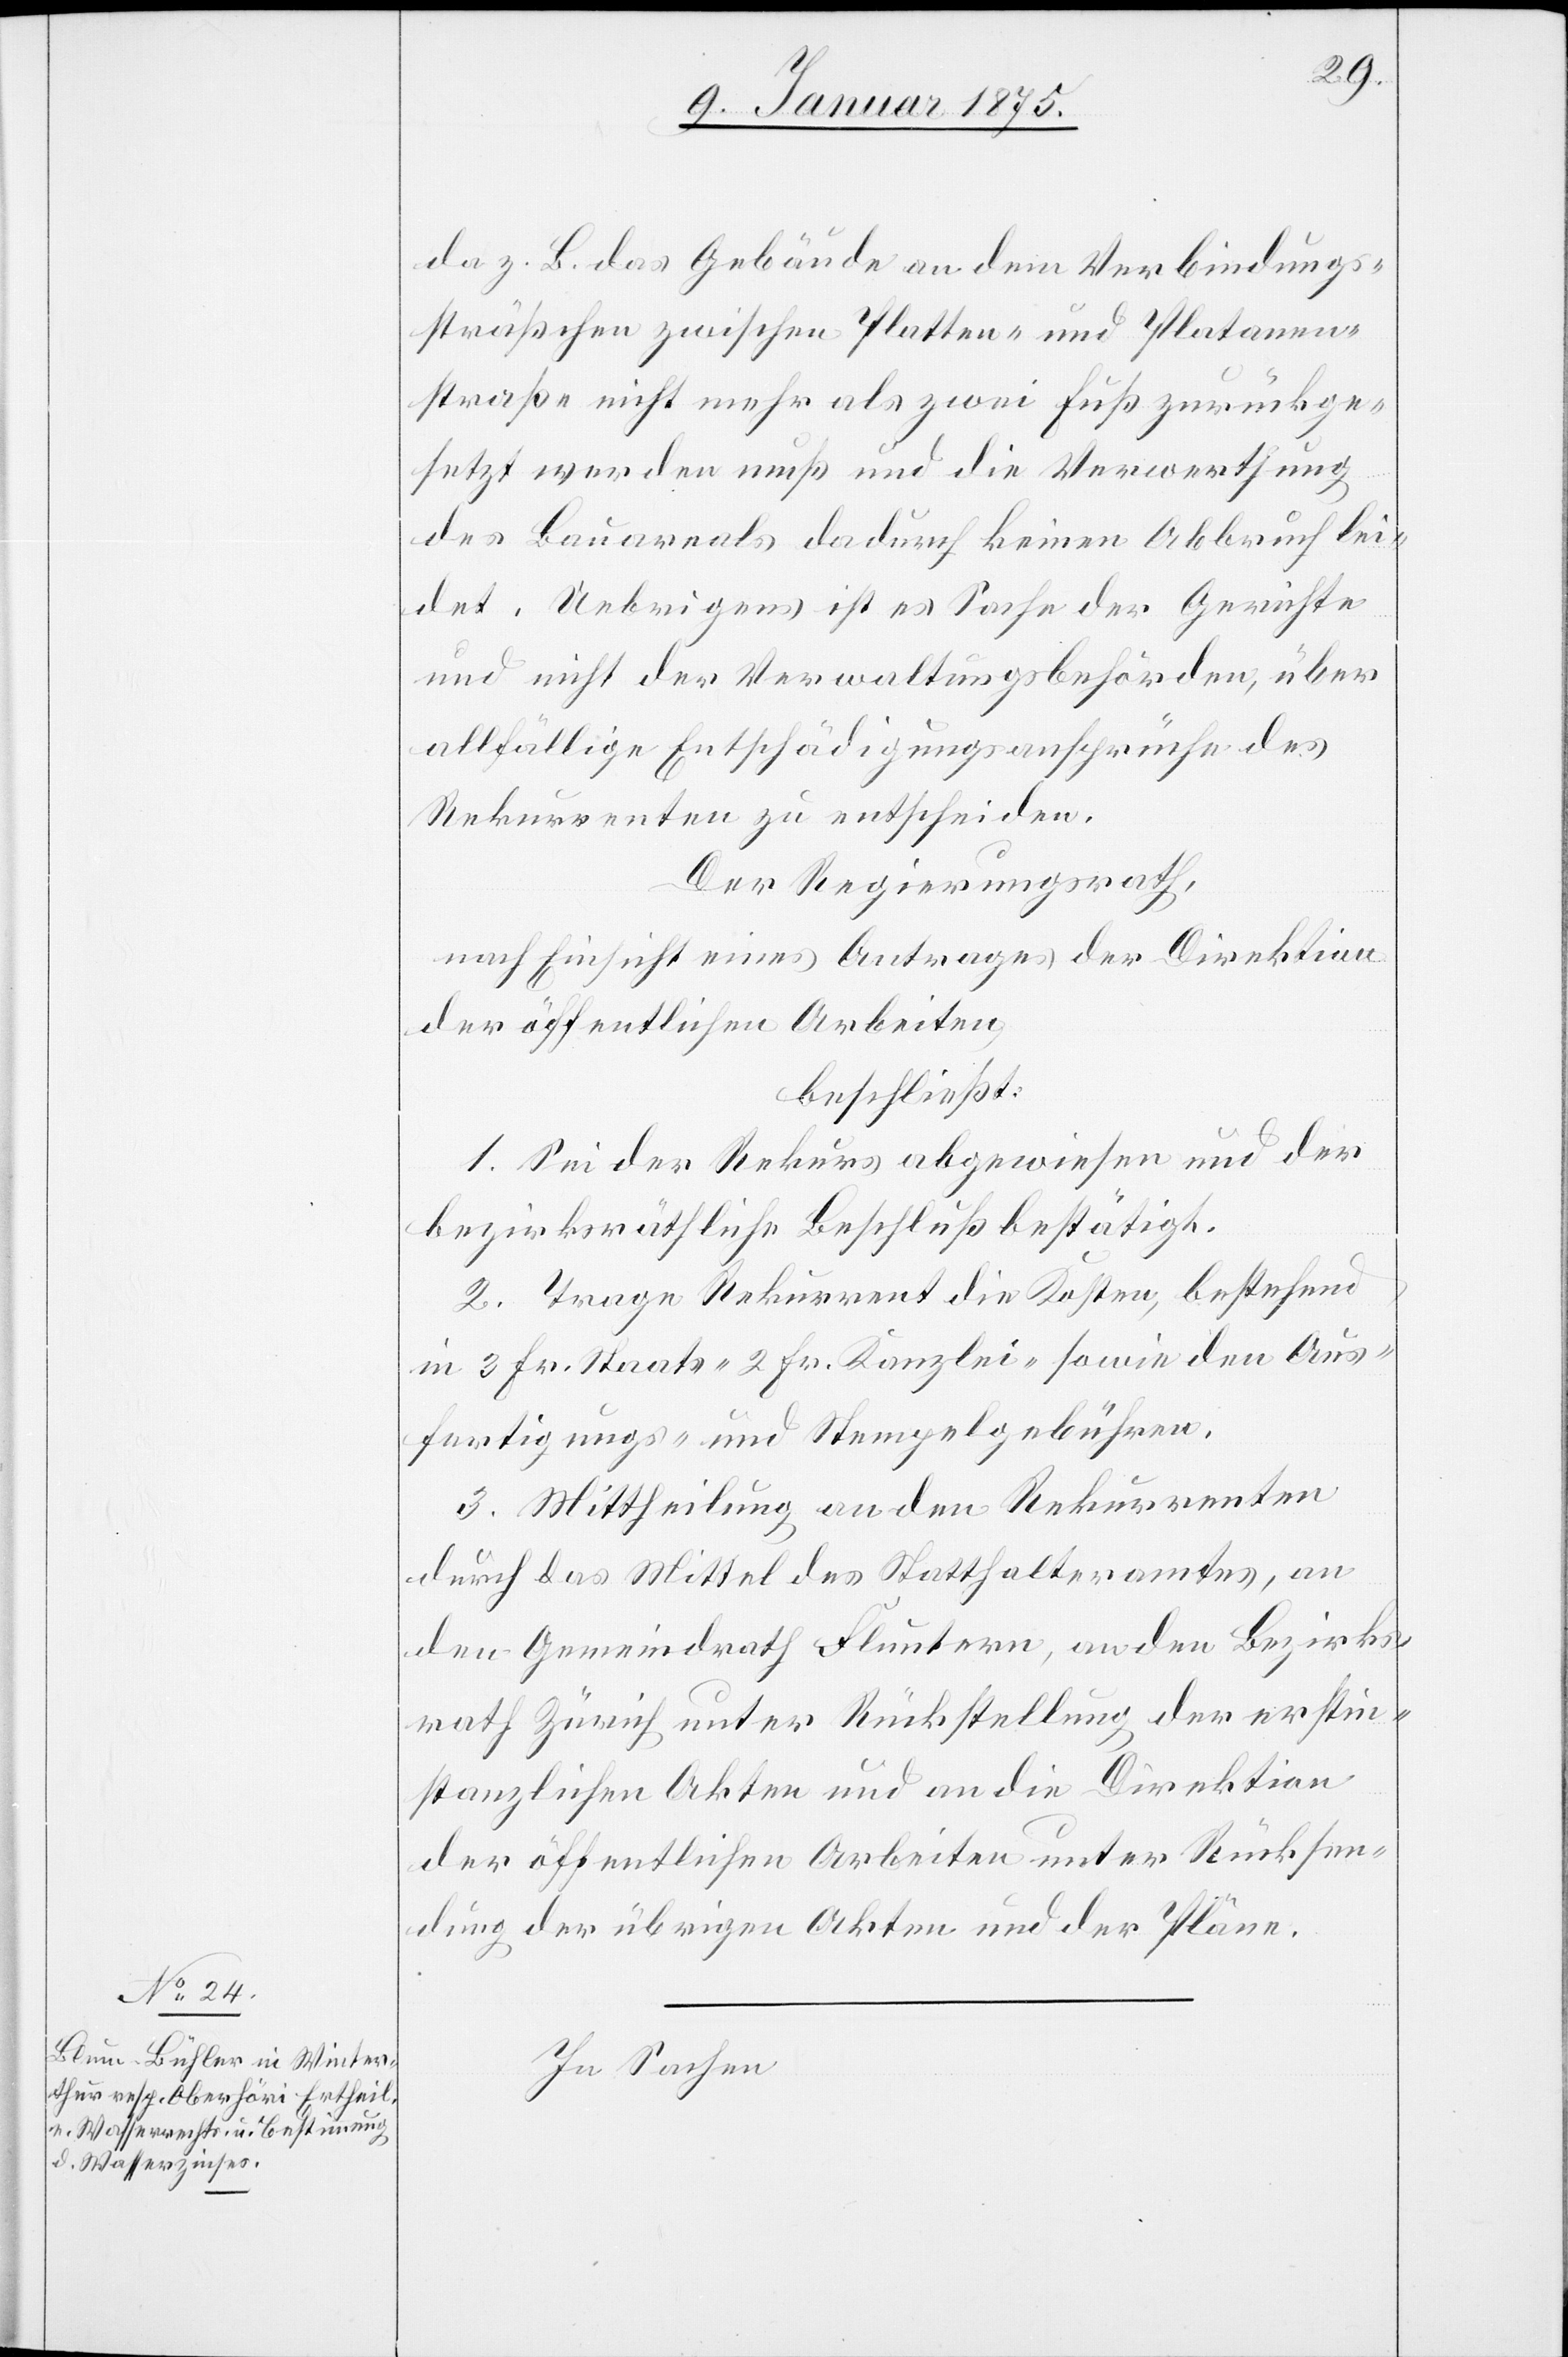
da z. B. das Gebäude an dem Verbindungs¬
sträßchen zwischen Platten- und Platanen¬
straße nicht mehr als zwei Fuß zurückge¬
setzt werden muß und die Verwerthung
des Bauareals dadurch keinen Abbruch lei¬
det. Uebrigens ist es Sache der Gerichte
und nicht der Verwaltungsbehörden, über
allfällige Entschädigungsansprüche des
Rekurrenten zu entscheiden.
Der Regierungsrath,
nach Einsicht eines Antrages der Direktion
der öffentlichen Arbeiten,
beschließt:
1. Sei der Rekurs abgewiesen und der
bezirksräthliche Beschluß bestätigt.
2. Trage Rekurrent die Kosten, bestehend
in 3 Fr. Staats-[,] 2 Fr. Kanzlei-[,] sowie den Aus¬
fertigungs- und Stempelgebühren.
3. Mittheilung an den Rekurrenten
durch das Mittel des Statthalteramtes, an
den Gemeindrath Fluntern, an den Bezirks¬
rath Zürich unter Rückstellung der erstin¬
stanzlichen Akten und an die Direktion
der öffentlichen Arbeiten unter Rücksen¬
dung der übrigen Akten und der Pläne.
In Sachen